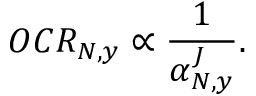
O C R _ { N , y } \propto \frac { 1 } { \alpha _ { N , y } ^ { J } } .